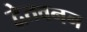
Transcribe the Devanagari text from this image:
द्वेतवनन